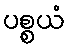
ပစ္စယံ